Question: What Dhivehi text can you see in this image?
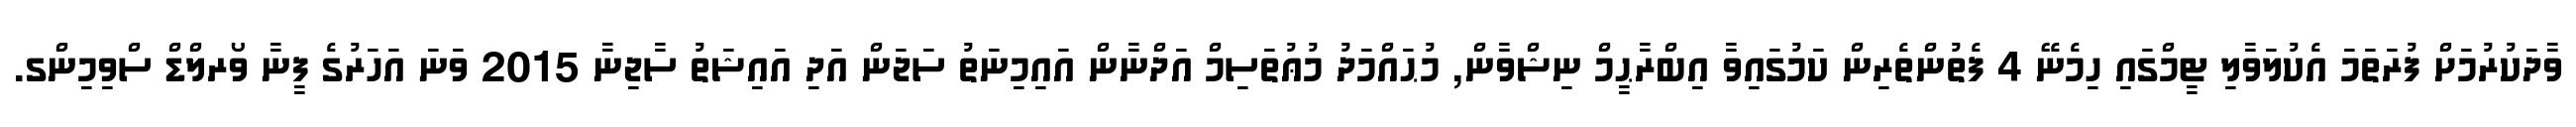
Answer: ވާދަކުރުމަށް ފުރަތަމަ އެކުލަވާލި ޓީމްގައި ހިމެނޭ 4 ފެތުންތެރިން ކަމުގައިވާ އިބްރާޙީމް ނިޝްވާން, މުޙައްމަދު މުޢުތަސިމް އަދްނާން އައިމިނަތު ސަޖަން އަދި އައިޝަތު ސާޖިނާ 2015 ވަނަ އަހަރުގެ ފީނާ ވޯރލްޑް ސްވިމިންގ.